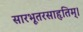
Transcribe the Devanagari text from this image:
सारभूतरसाहृतिम्।